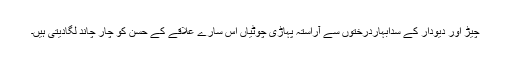
چیڑ اور دیودار کے سدابہاردرختوں سے آراستہ پہاڑی چوٹیاں اس سارے علاقے کے حسن کو چار چاند لگادیتی ہیں۔